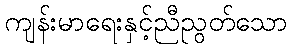
ကျန်းမာရေးနှင့်ညီညွတ်သော